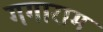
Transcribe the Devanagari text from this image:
गगाराम